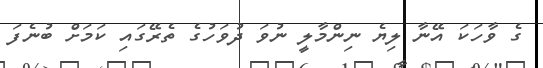
ގެ ވާހަކަ އޭނާ ލިޔެ ނިންމާލީ ނުވަ ދުވަހުގެ ތެރޭގައި ކަމަށް ބުނެފަ